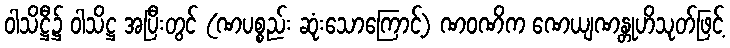
ဝါသိဋ္ဌီ၌ ဝါသိဋ္ဌ အပြီးတွင် (ဏပစ္စည်း ဆုံးသောကြောင့်) ဏဝဏိက ဏေယျဏန္တုဟိသုတ်ဖြင့်